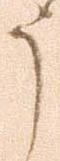
う